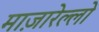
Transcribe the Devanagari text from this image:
माज़ारेल्लो